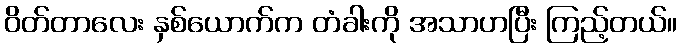
ဝိတ်တာလေး နှစ်ယောက်က တံခါးကို အသာဟပြီး ကြည့်တယ်။